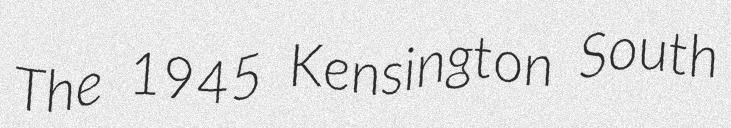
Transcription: The 1945 Kensington South